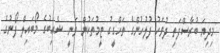
މިދިޔަ ބުރާސްފަތި ދުވަހު ފުލުހުންގެ ތަހްގީގު ޓީމުތަކުން ވަނީ ޝެއިބުގެ މޯބައިލް ފޯނުގެ